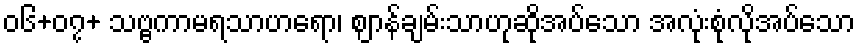
၀၆+၀၇+ သဗ္ဗကာမရသာဟရော၊ ဈာန်ချမ်းသာဟုဆိုအပ်သော အလုံးစုံလိုအပ်သော